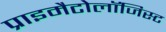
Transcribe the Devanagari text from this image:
प्राइमैटोलॉजिस्ट